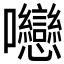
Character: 𡆕